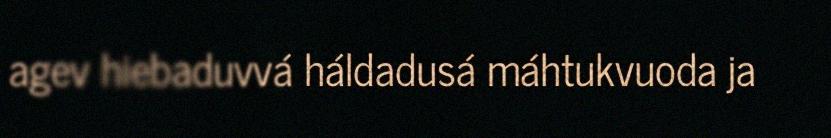
agev hiebaduvvá háldadusá máhtukvuoda ja